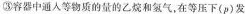
③容器中通人等物质的量的乙烷和氢气，在等压下 (p) 发